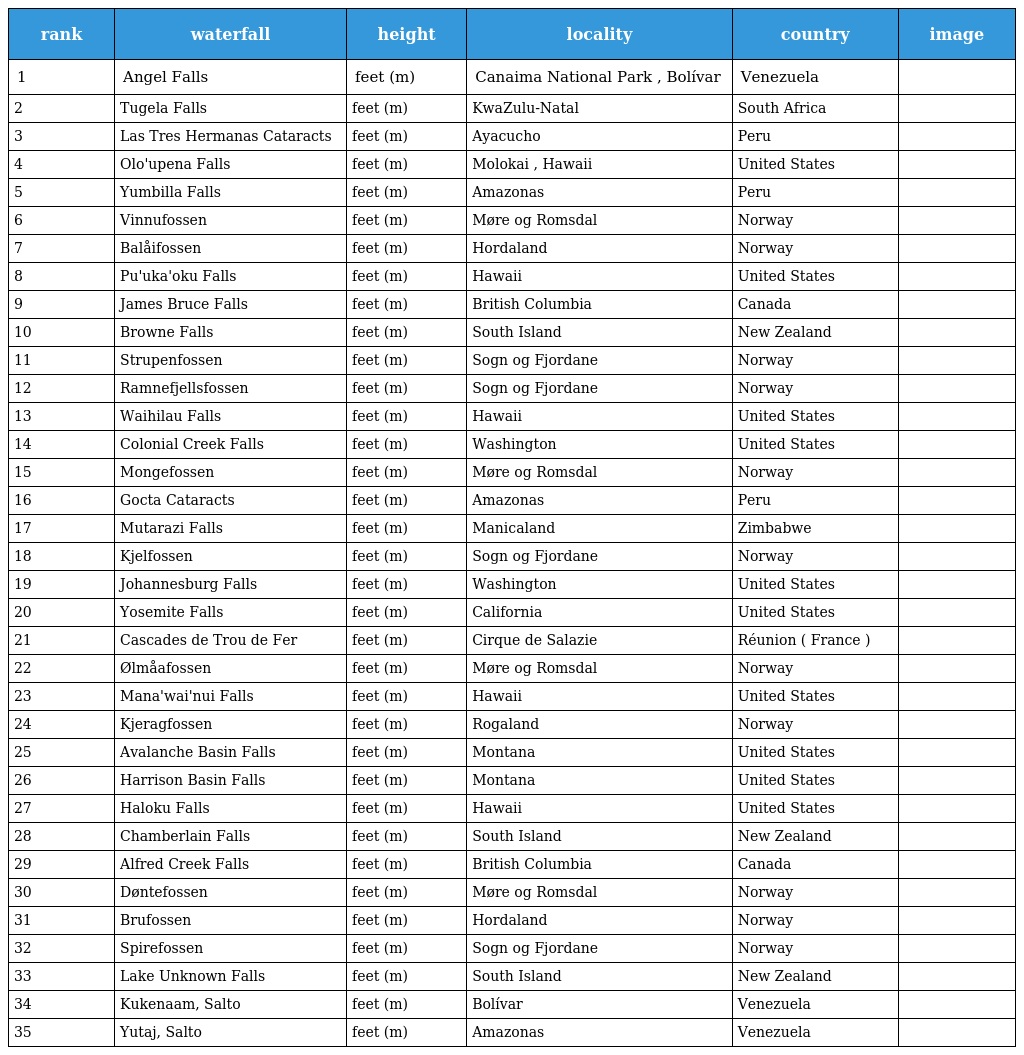
| rank | waterfall | height | locality | country | image |
 | --- | --- | --- | --- | --- | --- |
 | 1 | Angel Falls | feet (m) | Canaima National Park , Bolívar | Venezuela |  |
 | 2 | Tugela Falls | feet (m) | KwaZulu-Natal | South Africa |  |
 | 3 | Las Tres Hermanas Cataracts | feet (m) | Ayacucho | Peru |  |
 | 4 | Olo'upena Falls | feet (m) | Molokai , Hawaii | United States |  |
 | 5 | Yumbilla Falls | feet (m) | Amazonas | Peru |  |
 | 6 | Vinnufossen | feet (m) | Møre og Romsdal | Norway |  |
 | 7 | Balåifossen | feet (m) | Hordaland | Norway |  |
 | 8 | Pu'uka'oku Falls | feet (m) | Hawaii | United States |  |
 | 9 | James Bruce Falls | feet (m) | British Columbia | Canada |  |
 | 10 | Browne Falls | feet (m) | South Island | New Zealand |  |
 | 11 | Strupenfossen | feet (m) | Sogn og Fjordane | Norway |  |
 | 12 | Ramnefjellsfossen | feet (m) | Sogn og Fjordane | Norway |  |
 | 13 | Waihilau Falls | feet (m) | Hawaii | United States |  |
 | 14 | Colonial Creek Falls | feet (m) | Washington | United States |  |
 | 15 | Mongefossen | feet (m) | Møre og Romsdal | Norway |  |
 | 16 | Gocta Cataracts | feet (m) | Amazonas | Peru |  |
 | 17 | Mutarazi Falls | feet (m) | Manicaland | Zimbabwe |  |
 | 18 | Kjelfossen | feet (m) | Sogn og Fjordane | Norway |  |
 | 19 | Johannesburg Falls | feet (m) | Washington | United States |  |
 | 20 | Yosemite Falls | feet (m) | California | United States |  |
 | 21 | Cascades de Trou de Fer | feet (m) | Cirque de Salazie | Réunion ( France ) |  |
 | 22 | Ølmåafossen | feet (m) | Møre og Romsdal | Norway |  |
 | 23 | Mana'wai'nui Falls | feet (m) | Hawaii | United States |  |
 | 24 | Kjeragfossen | feet (m) | Rogaland | Norway |  |
 | 25 | Avalanche Basin Falls | feet (m) | Montana | United States |  |
 | 26 | Harrison Basin Falls | feet (m) | Montana | United States |  |
 | 27 | Haloku Falls | feet (m) | Hawaii | United States |  |
 | 28 | Chamberlain Falls | feet (m) | South Island | New Zealand |  |
 | 29 | Alfred Creek Falls | feet (m) | British Columbia | Canada |  |
 | 30 | Døntefossen | feet (m) | Møre og Romsdal | Norway |  |
 | 31 | Brufossen | feet (m) | Hordaland | Norway |  |
 | 32 | Spirefossen | feet (m) | Sogn og Fjordane | Norway |  |
 | 33 | Lake Unknown Falls | feet (m) | South Island | New Zealand |  |
 | 34 | Kukenaam, Salto | feet (m) | Bolívar | Venezuela |  |
 | 35 | Yutaj, Salto | feet (m) | Amazonas | Venezuela |  |